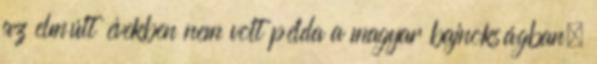
az elmúlt években nem volt példa a magyar bajnokságban,